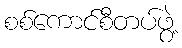
စစ်ကောင်စီတပ်ဖွဲ့